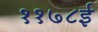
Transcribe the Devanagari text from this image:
११७८ई